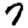
Digit: 7